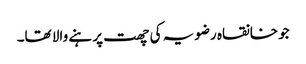
جو خانقاہ رضویہ کی چھت پر ہنے والا تھا۔